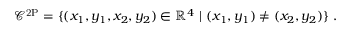
\mathcal { C } ^ { \mathrm { 2 P } } = \{ ( x _ { 1 } , y _ { 1 } , x _ { 2 } , y _ { 2 } ) \in \mathbb { R } ^ { 4 } \ | \ ( x _ { 1 } , y _ { 1 } ) \neq ( x _ { 2 } , y _ { 2 } ) \} \; .